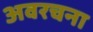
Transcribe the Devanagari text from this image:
अवरचना